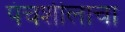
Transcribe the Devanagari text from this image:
पंचशीलाचा